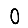
Digit: 0